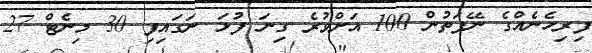
ފިރިހެނެއްގެ ނޭފަތުން 100 އަށްވުރެ ގިނަ ފުޅަ ނަގައިފި 30 މިނެޓް 27